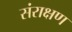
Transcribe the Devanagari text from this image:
संराक्षण